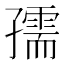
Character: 孺